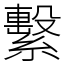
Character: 繫